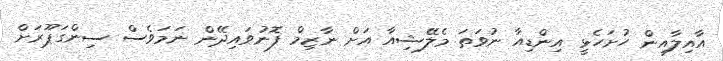
އާއިލާއިން ހުށަހެޅީ އިންޑިއާ ނުވަތަ މެލޭޝިއާ އަށް ނާޒިމް ފޮނުވައިދޭން ނަމަވެސް ސިންގަޕޫރަށް